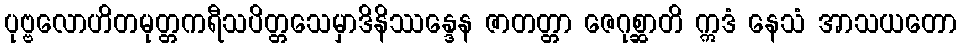
ပုဗ္ဗလောဟိတမုတ္တကရီသပိတ္တသေမှာဒိနိဿန္ဒေန ဇာတတ္တာ ဇေဂုစ္ဆာတိ ဣဒံ နေသံ အာသယတော